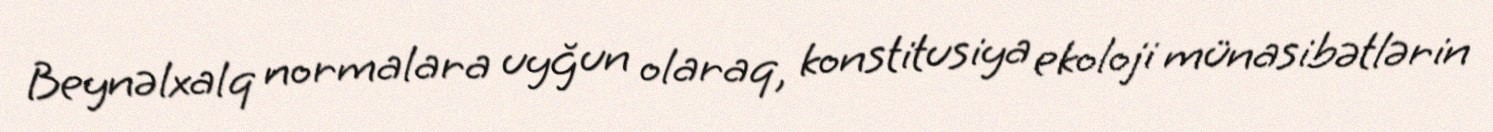
Beynəlxalq normalara uyğun olaraq, konstitusiya ekoloji münasibətlərin